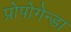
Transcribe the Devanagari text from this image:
प्रोपोगेन्डा